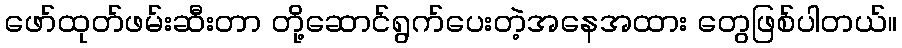
ဖော်ထုတ်ဖမ်းဆီးတာ တို့ဆောင်ရွက်ပေးတဲ့အနေအထား တွေဖြစ်ပါတယ်။